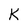
Character: K